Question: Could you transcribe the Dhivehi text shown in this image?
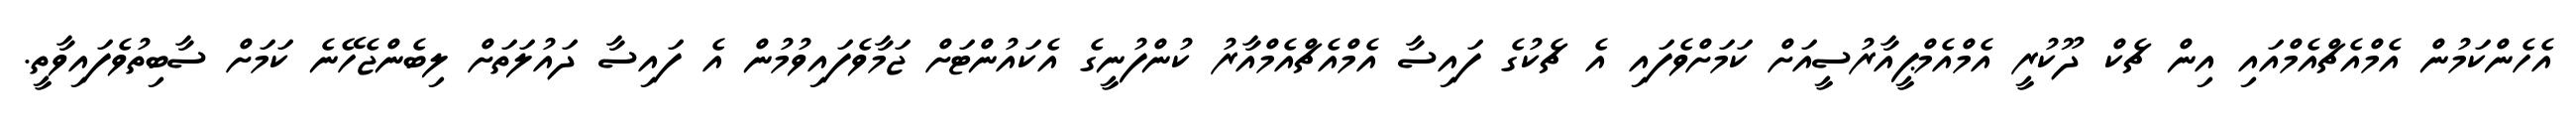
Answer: އެހެންކަމުން އެމްއެޗްއެމްއައި އިން ޗެކް ދޫކުރީ އެމްއެމްޕީއާރުސީއަށް ކަމަށްވެފައި އެ ޗެކުގެ ފައިސާ އެމްއެޗްއެމްއާރު ކުންފުނީގެ އެކައުންޓަށް ޖަމާވެފައިވުމުން އެ ފައިސާ ދައުލަތަށް ލިބެންޖެހޭނެ ކަމަށް ސާބިތުވެފައިވާތީ.